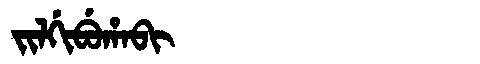
Manchu: ᠵᡳᠯᡤᡳᠪᡠᡥᠠᠪᡳ
Romanization: JILGIBUHABI